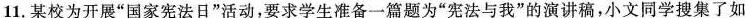
11.某校为开展”国家宪法日”活动，要求学生准备一篇题为”宪法与我”的演讲稿，小文同学搜集了如